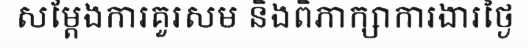
សម្តែងការគួរសម និងពិភាក្សាការងារថ្ងៃ